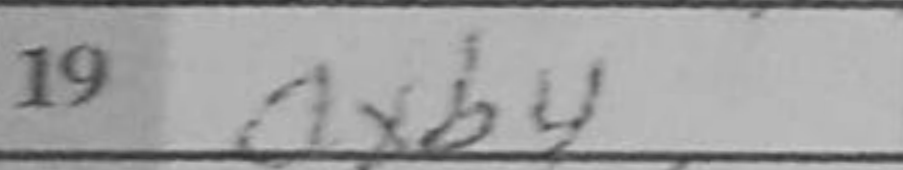
Transcription: Qxb4